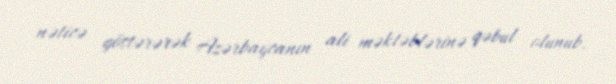
nəticə göstərərək Azərbaycanın ali məktəblərinə qəbul olunub.